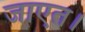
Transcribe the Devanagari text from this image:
जाएत।